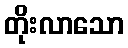
တိုးလာသော